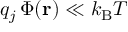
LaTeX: q _ { j } \, \Phi ( \mathbf { r } ) \ll k _ { \mathrm { { B } } } T